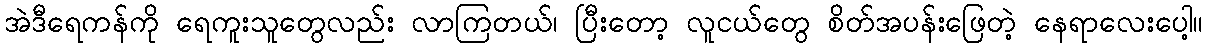
အဲဒီရေကန်ကို ရေကူးသူတွေလည်း လာကြတယ်၊ ပြီးတော့ လူငယ်တွေ စိတ်အပန်းဖြေတဲ့ နေရာလေးပေါ့။